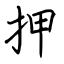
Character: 押